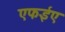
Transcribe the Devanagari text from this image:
एफईए